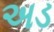
અડ